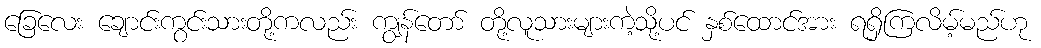
ခြေလေး ချောင်းကွင်းသားတို့ကလည်း ကျွန်တော် တို့လူသားများကဲ့သို့ပင် နှစ်ထောင်အား ရရှိကြလိမ့်မည်ဟု